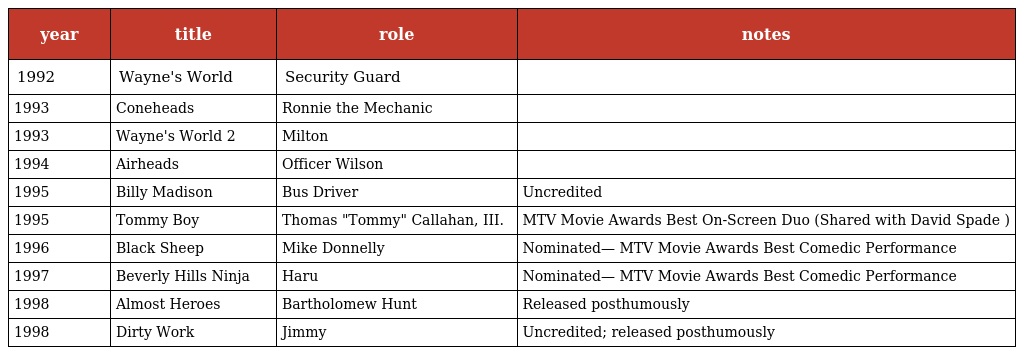
| year | title | role | notes |
 | --- | --- | --- | --- |
 | 1992 | Wayne's World | Security Guard |  |
 | 1993 | Coneheads | Ronnie the Mechanic |  |
 | 1993 | Wayne's World 2 | Milton |  |
 | 1994 | Airheads | Officer Wilson |  |
 | 1995 | Billy Madison | Bus Driver | Uncredited |
 | 1995 | Tommy Boy | Thomas "Tommy" Callahan, III. | MTV Movie Awards Best On-Screen Duo (Shared with David Spade ) |
 | 1996 | Black Sheep | Mike Donnelly | Nominated— MTV Movie Awards Best Comedic Performance |
 | 1997 | Beverly Hills Ninja | Haru | Nominated— MTV Movie Awards Best Comedic Performance |
 | 1998 | Almost Heroes | Bartholomew Hunt | Released posthumously |
 | 1998 | Dirty Work | Jimmy | Uncredited; released posthumously |